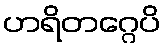
ဟရိတဂ္ဂေပိ